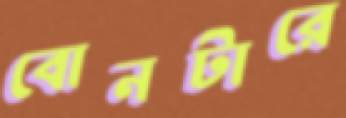
বোনটারে